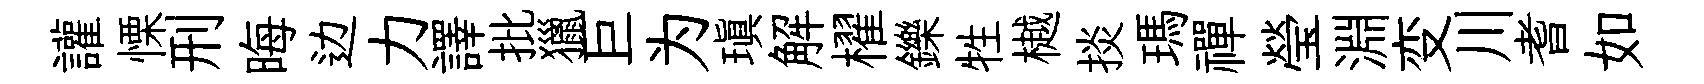
讙慄刑晦边力譯批獵巨为瑱解櫂鑠牲樾掞瑪禪瑩淵变川耆如